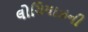
લોચિયાઝની